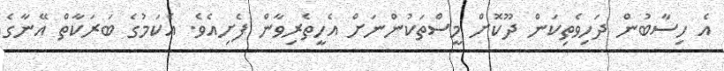
އެ ހިސާބުން ދަހިވެތިކަން ދޫކޮށް މީސްތަކުންނަށް އެހީތެރިވާން ފެށިއެވެ. އެކަމުގެ ބަރަކާތް އޭނާގެ